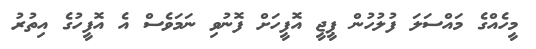
މީހެއްގެ މައްސަލަ ފުލުހުން ޕީޖީ އޮފީހަށް ފޮނުވި ނަމަވެސް އެ އޮފީހުގެ އިތުރު